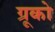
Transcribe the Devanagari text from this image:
ग्रूको